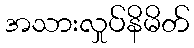
အသားလှုပ်နိမိတ်